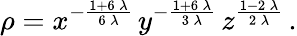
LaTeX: \rho={x^{-\frac{1+6\, \lambda}{6\, \lambda}}\, y^{-\frac{1+6\, \lambda}{3\, \lambda}}\, z^{\frac{1-2\, \lambda}{2\, \lambda}}}\, .